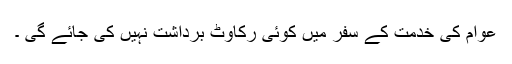
عوام کی خدمت کے سفر میں کوئی رکاوٹ برداشت نہیں کی جائے گی ۔